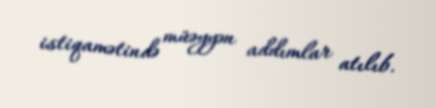
istiqamətində müəyyən addımlar atılıb.